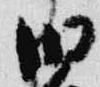
旧